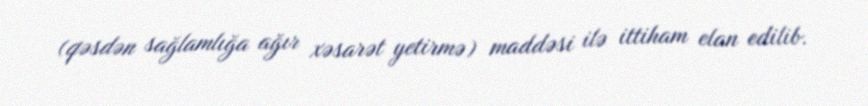
(qəsdən sağlamlığa ağır xəsarət yetirmə) maddəsi ilə ittiham elan edilib.